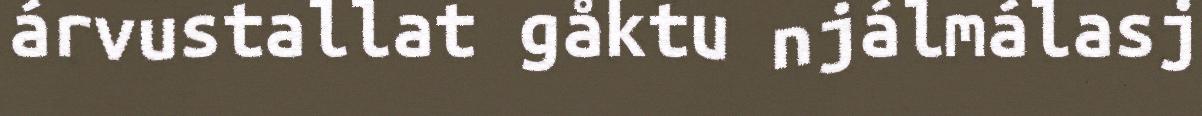
árvustallat gåktu njálmálasj